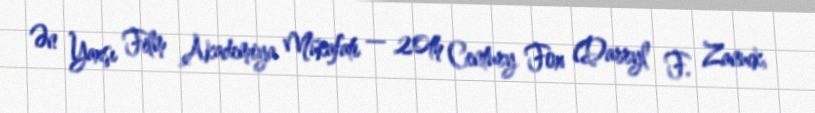
Ən Yaxşı Film Akademiya Mükafatı — 20th Century Fox (Darryl F. Zanuck,